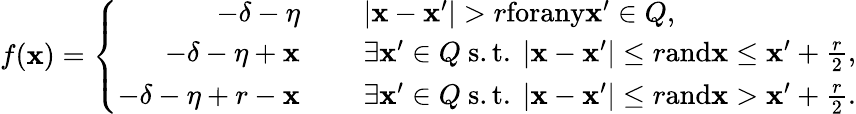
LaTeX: f(\mathbf x)=\left\{ \begin{array}{rl}{-\delta-\eta~~~~~}&{|\mathbf x-\mathbf x^{\prime}|>r\textnormal{forany}\mathbf x^{\prime}\in Q,}\\ {-\delta-\eta+\mathbf x~~~~~}&{\exists\mathbf x^{\prime}\in Q\mathrm{~s.t.~}|\mathbf x-\mathbf x^{\prime}|\le r\textnormal{and}\mathbf x\leq\mathbf x^{\prime}+\frac{r}{2},}\\ {-\delta-\eta+r-\mathbf x~~~~~}&{\exists\mathbf x^{\prime}\in Q\mathrm{~s.t.~}|\mathbf x-\mathbf x^{\prime}|\le r\textnormal{and}\mathbf x>\mathbf x^{\prime}+\frac{r}{2}.}\end{array}\right.